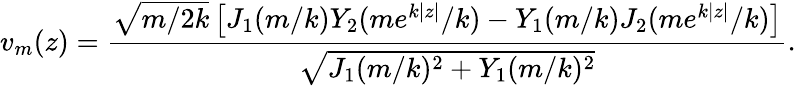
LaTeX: v_{m}(z)=\frac{\sqrt{m/2k}\left[J_{1}(m/k)Y_{2}(me^{k|z|}/k)-Y_{1}(m/k)J_{2}(me^{k|z|}/k)\right]}{\sqrt{J_{1}(m/k)^{2}+Y_{1}(m/k)^{2}}}.